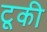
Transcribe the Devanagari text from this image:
टूकी